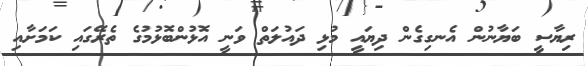
ރިޔާސީ ބަޔާނުން އެނގިގެން ދިޔައީ މުޅި ދައުލަތް ވަނީ އޮޅުންބޮޅުމުގެ ތެރޭގައި ކަމަށާއި